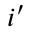
i ^ { \prime }